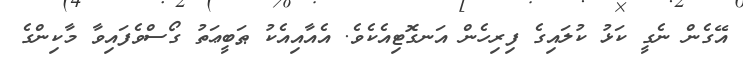
އޭގެން ނެގީ ކަޅު ކުލައިގެ ފިރިހެން އަނގޮޓިއެކެވެ. އެއާއިއެކު ޠަބީޢަތު ގޯސްވެފައިވާ މާކިންގެ